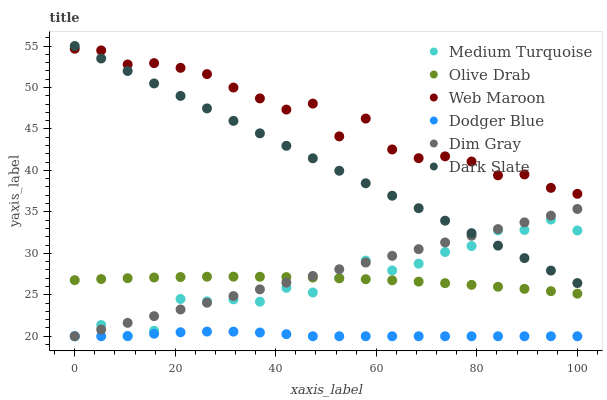
| xaxis_label | Medium Turquoise | Olive Drab | Web Maroon | Dodger Blue | Dim Gray | Dark Slate |
 | --- | --- | --- | --- | --- | --- | --- |
 | 0 | 20 | 26.8 | 54.7 | 20 | 20 | 55 |
 | 5.26 | 21.4 | 26.9 | 54.5 | 20 | 20.8 | 53.5 |
 | 10.5 | 20 | 27 | 52.8 | 20 | 21.6 | 52 |
 | 15.8 | 20.7 | 27.1 | 52.9 | 20.3 | 22.4 | 50.5 |
 | 21.1 | 24.5 | 27.1 | 52.4 | 20.5 | 23.2 | 49 |
 | 26.3 | 24.2 | 27.2 | 51.6 | 20.6 | 24 | 47.5 |
 | 31.6 | 24.4 | 27.2 | 50 | 20.6 | 24.8 | 46 |
 | 36.8 | 24.2 | 27.2 | 48.7 | 20.5 | 25.7 | 44.5 |
 | 42.1 | 25.8 | 27.1 | 47.3 | 20.3 | 26.5 | 43 |
 | 47.4 | 25.3 | 27.1 | 48.1 | 20 | 27.3 | 41.5 |
 | 52.6 | 27 | 27 | 44.1 | 20 | 28.1 | 40 |
 | 57.9 | 29.1 | 26.9 | 46.3 | 20 | 28.9 | 38.5 |
 | 63.2 | 27.9 | 26.7 | 42.5 | 20 | 29.7 | 36.9 |
 | 68.4 | 28.8 | 26.6 | 41.5 | 20 | 30.5 | 35.4 |
 | 73.7 | 30.2 | 26.4 | 41.7 | 20 | 31.3 | 33.9 |
 | 78.9 | 30.9 | 26.2 | 41.1 | 20 | 32.1 | 32.4 |
 | 84.2 | 32.8 | 26 | 39.4 | 20 | 32.9 | 30.9 |
 | 89.5 | 32.8 | 25.7 | 39.5 | 20 | 33.7 | 29.4 |
 | 94.7 | 34.1 | 25.4 | 37.9 | 20 | 34.5 | 27.9 |
 | 100 | 32.8 | 25.1 | 37.2 | 20 | 35.4 | 26.4 |